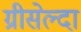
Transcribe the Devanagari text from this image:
ग्रीसेल्दा